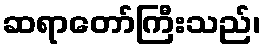
ဆရာတော်ကြီးသည်၊